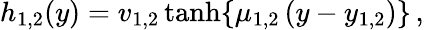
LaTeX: h_{1,2}(y)=v_{1,2}\operatorname{tanh}\{ \mu_{1,2}\, (y-y_{1,2})\} \, ,